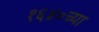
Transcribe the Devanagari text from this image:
१६४०च्या